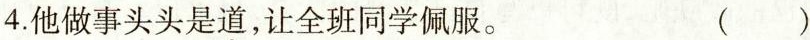
4.他做事头头是\underset{·}{道}，让全班同学佩服。 ( )